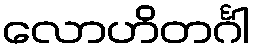
လောဟိတင်္ဂါ